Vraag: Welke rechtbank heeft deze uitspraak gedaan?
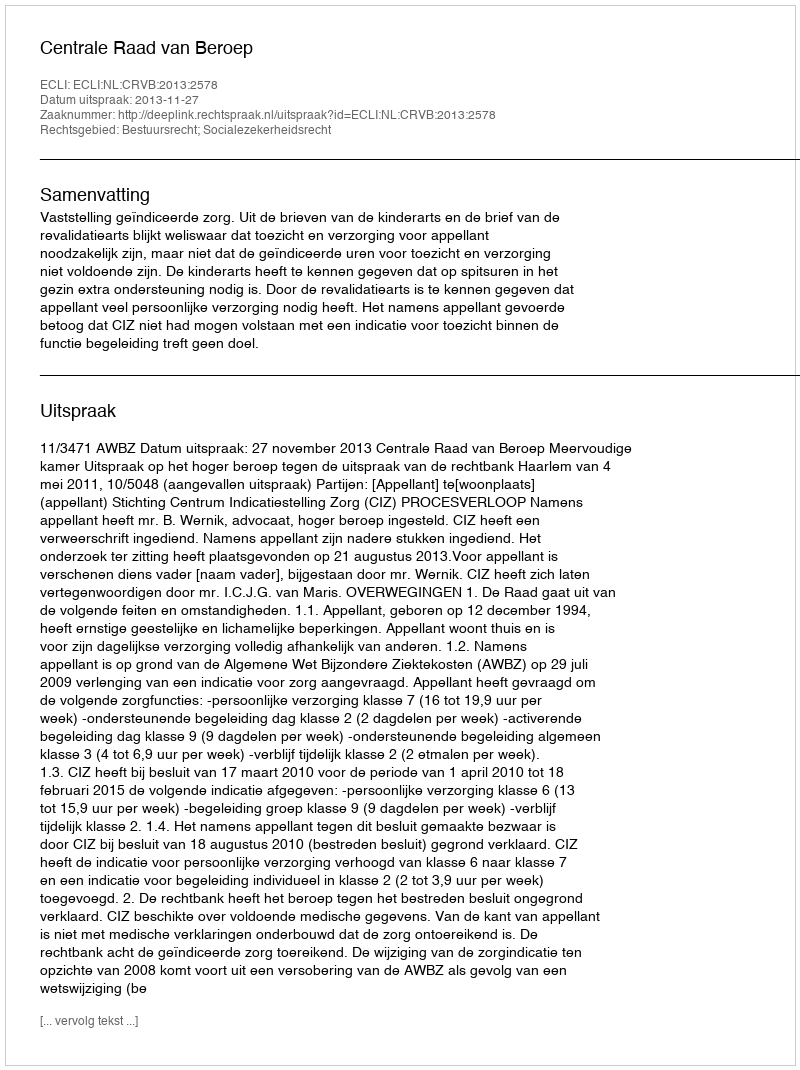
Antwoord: Centrale Raad van Beroep